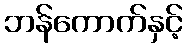
ဘန်ကောက်နှင့်